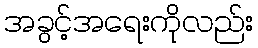
အခွင့်အရေးကိုလည်း